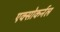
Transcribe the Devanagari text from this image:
एक्सोकर्नल